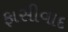
ફાસીવાદ